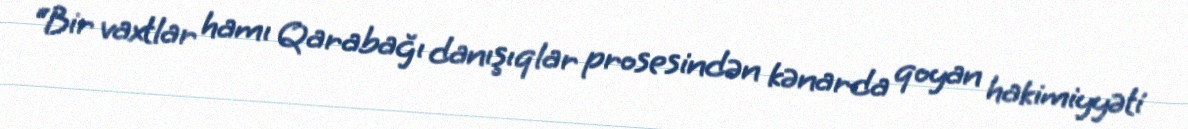
“Bir vaxtlar hamı Qarabağı danışıqlar prosesindən kənarda qoyan hakimiyyəti